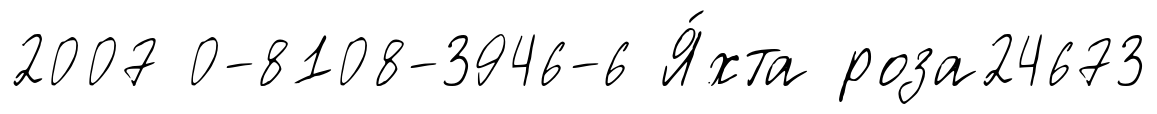
2007 0-8108-3946-6 Я́хта роза24673